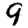
Digit: 9